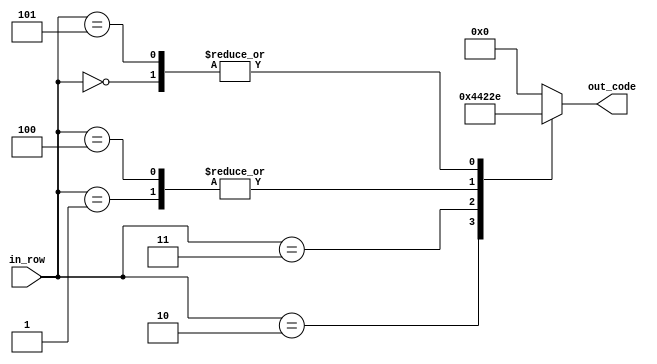
`timescale 1ns / 1ps
//////////////////////////////////////////////////////////////////////////////////
// Company: 
// Engineer: 
// 
// Design Name: 
// Module Name:    num_3 
// Project Name: 
// Target Devices: 
// Tool versions: 
// Description: 
//
// Dependencies: 
//
// Revision: 
// Revision 0.01 - File Created
// Additional Comments: 
//
//////////////////////////////////////////////////////////////////////////////////
module num_3(
    input [2:0] in_row,
    output reg [4:0] out_code
    );

parameter [4:0] d_0 = 5'b01110; //  XXX
parameter [4:0] d_1 = 5'b10001; // X   X
parameter [4:0] d_2 = 5'b01000; //  X   
parameter [4:0] d_3 = 5'b10000; // X    


always @ *
begin
	case (in_row)
		3'b000:
			out_code = d_0;
		3'b001:
			out_code = d_1;
		3'b010:
			out_code = d_2;
		3'b011:
			out_code = d_3;
		3'b100:
			out_code = d_1;
		3'b101:
			out_code = d_0;
		default:
			out_code = 5'b0;
	endcase
end


endmodule